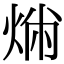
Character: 𤉤